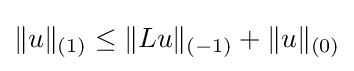
\|u\|_{(1)}\leq \|Lu\|_{(-1)}+\|u\|_{(0)}